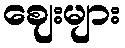
ဈေးများ